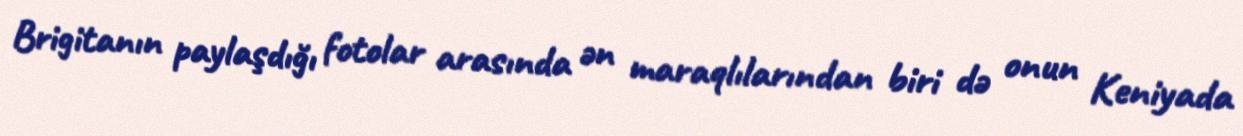
Brigitanın paylaşdığı fotolar arasında ən maraqlılarından biri də onun Keniyada